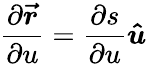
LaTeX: {\frac{\partial{\boldsymbol{\vec{r}}}}{\partial u}}={\frac{\partial{s}}{\partial u}}{\boldsymbol{\hat{u}}}